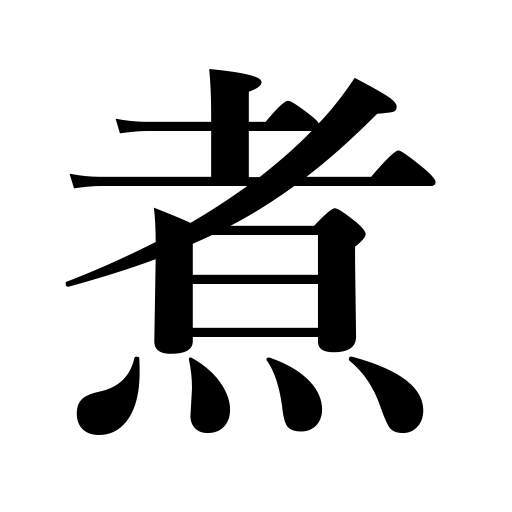
Meanings: be boiled,cook,be cooked,boil